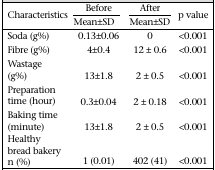
| <ROWSPAN=2> Characteristics | Before | After | <ROWSPAN=2> p value |
 | Mean±SD | Mean±SD |
 | --- | --- | --- | --- |
 | Soda (g%) | 0.13±0.06 | 0 | <0.001 |
 | Fibre (g%) | 4±0.4 | 12 ± 0.6 | <0.001 |
 | Wastage (g%) | 13±1.8 | 2 ± 0.5 | <0.001 |
 | Preparation time (hour) | 0.3±0.04 | 2 ± 0.18 | <0.001 |
 | Baking time (minute) | 13±1.8 | 2 ± 0.5 | <0.001 |
 | Healthy bread bakery n (%) | 1 (0.01) | 402 (41) | <0.001 |